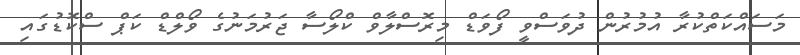
މަސައްކަތްކުރާ އުމުރުން ދުވަސްވީ ފޯވަޑް މިރޮސްލާވް ކްލޯސާ ޖަރުމަނުގެ ވޯލްޑް ކަޕް ސްކޮޑުގައި